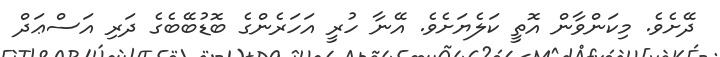
ދޭށެވެ. މިކަންވާން އޮތީ ކަލެޔަށެވެ. އޭނާ ހުރީ އަހަރެންގެ ބޮޑުބޭބެގެ ދަރި އަސްޢަދް